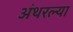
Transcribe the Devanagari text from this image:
अंथरल्या